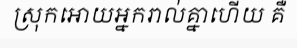
ស្រុកអោយអ្នករាល់គ្នាហើយ គឺ